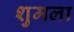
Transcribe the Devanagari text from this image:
शुमला